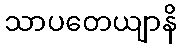
သာပတေယျာနိ